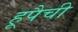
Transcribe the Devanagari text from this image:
हूपैची